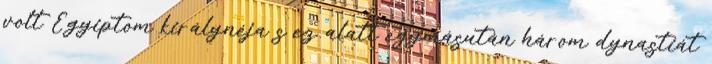
volt Egyiptom királynéja s ez alatt egymásután három dynastiát